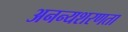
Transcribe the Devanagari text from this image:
अनन्यशरणता